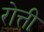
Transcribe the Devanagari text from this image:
रोत्ती